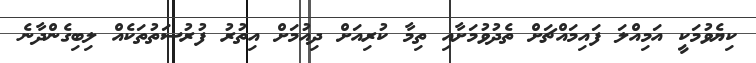
ކިޔެވުމަކީ އަމިއްލަ ފައިމައްޗަށް ތެދުވުމަށާއި ތިމާ ކުރިއަށް ދިއުމަށް އިތުރު ފުރުސަތުތަކެއް ލިބިގެންދާނެ